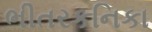
ભીતરકનિકા